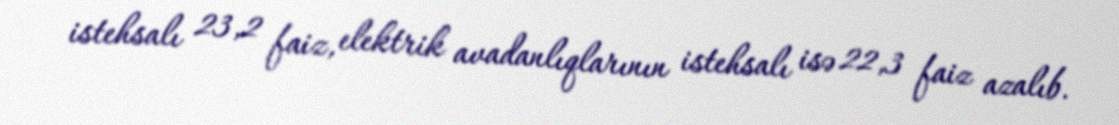
istehsalı 23,2 faiz, elektrik avadanlıqlarının istehsalı isə 22,3 faiz azalıb.